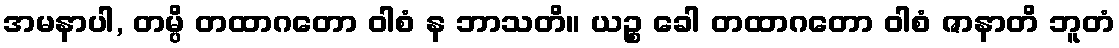
အမနာပါ, တမ္ပိ တထာဂတော ဝါစံ န ဘာသတိ။ ယဉ္စ ခေါ တထာဂတော ဝါစံ ဇာနာတိ ဘူတံ